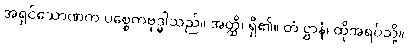
အရှင်သောဏက ပစ္စေကဗုဒ္ဓါသည်။ အတ္ထိ၊ ရှိ၏။ တံ ဋ္ဌာနံ၊ ထိုအရပ်သို့။